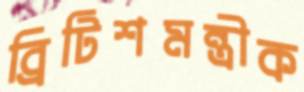
ব্রিটিশমন্ত্রীক